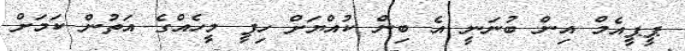
ޕީޕީއެމް އިން ބުނަނީ އެ ބިން ކުއްޔަށް ހިފީ މީހެއްގެ އަތުން ކަމަށް